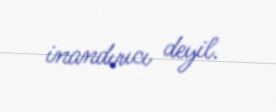
inandırıcı deyil.